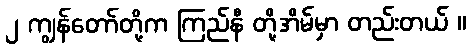
၂ ကျွန်တော်တို့က ကြည်နီ တို့အိမ်မှာ တည်းတယ် ။